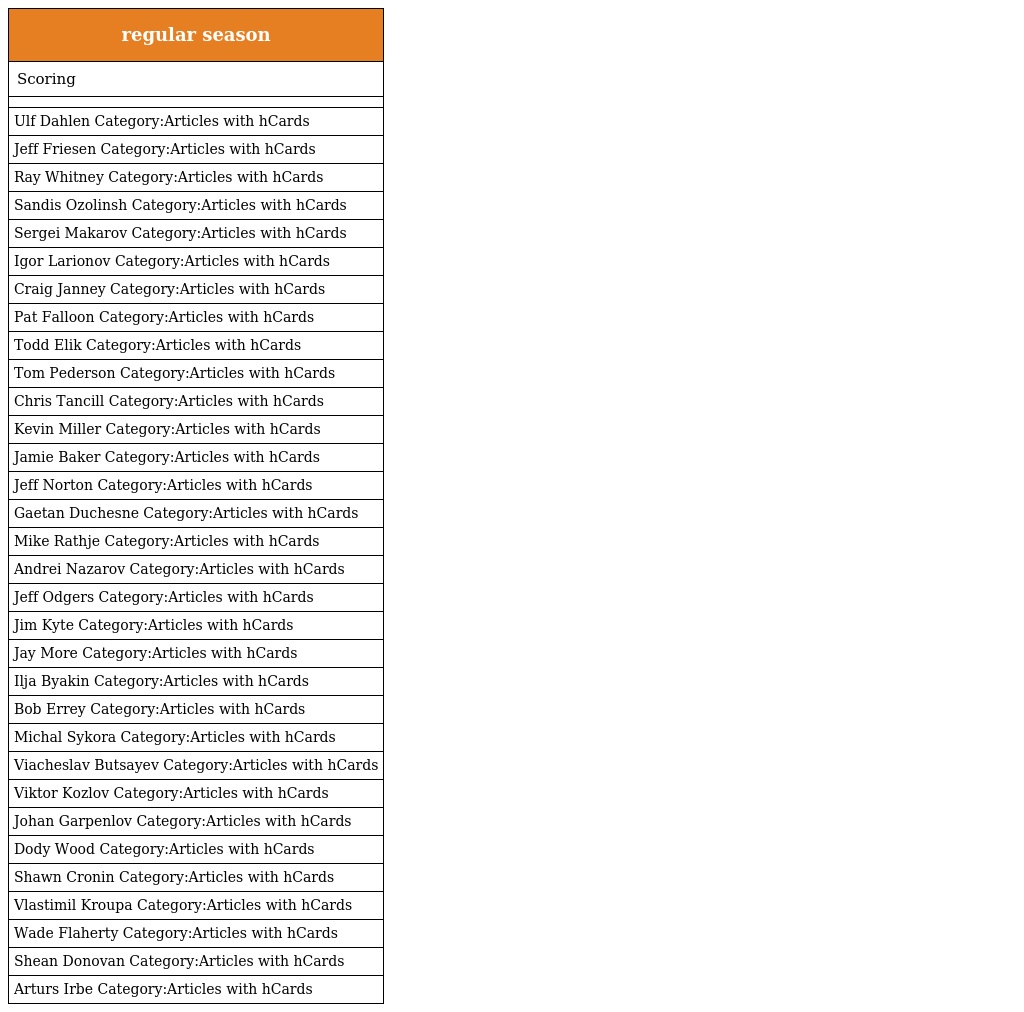
| regular season |
 | --- |
 | Scoring |
 |  |
 | Ulf Dahlen Category:Articles with hCards |
 | Jeff Friesen Category:Articles with hCards |
 | Ray Whitney Category:Articles with hCards |
 | Sandis Ozolinsh Category:Articles with hCards |
 | Sergei Makarov Category:Articles with hCards |
 | Igor Larionov Category:Articles with hCards |
 | Craig Janney Category:Articles with hCards |
 | Pat Falloon Category:Articles with hCards |
 | Todd Elik Category:Articles with hCards |
 | Tom Pederson Category:Articles with hCards |
 | Chris Tancill Category:Articles with hCards |
 | Kevin Miller Category:Articles with hCards |
 | Jamie Baker Category:Articles with hCards |
 | Jeff Norton Category:Articles with hCards |
 | Gaetan Duchesne Category:Articles with hCards |
 | Mike Rathje Category:Articles with hCards |
 | Andrei Nazarov Category:Articles with hCards |
 | Jeff Odgers Category:Articles with hCards |
 | Jim Kyte Category:Articles with hCards |
 | Jay More Category:Articles with hCards |
 | Ilja Byakin Category:Articles with hCards |
 | Bob Errey Category:Articles with hCards |
 | Michal Sykora Category:Articles with hCards |
 | Viacheslav Butsayev Category:Articles with hCards |
 | Viktor Kozlov Category:Articles with hCards |
 | Johan Garpenlov Category:Articles with hCards |
 | Dody Wood Category:Articles with hCards |
 | Shawn Cronin Category:Articles with hCards |
 | Vlastimil Kroupa Category:Articles with hCards |
 | Wade Flaherty Category:Articles with hCards |
 | Shean Donovan Category:Articles with hCards |
 | Arturs Irbe Category:Articles with hCards |